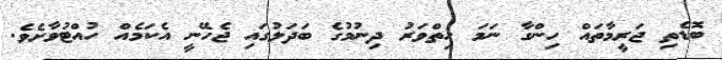
ބޮޑެތި ޖަރީމާތައް ހިންގާ ނަމަ ހިތްވަރު ދިނުމުގެ ބަދަލުގައި ޖެހޭނީ އެކަމެއް ހުއްޓުވާށެވެ.